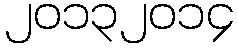
၂၀၁၃၂၀၁၄